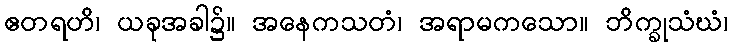
ဧတရဟိ၊ ယခုအခါ၌။ အနေကသတံ၊ အရာမကသော။ ဘိက္ခုသံဃံ၊